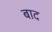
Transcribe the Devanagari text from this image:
बाद